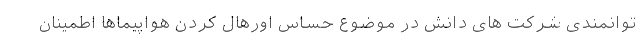
توانمندی شرکت های دانش در موَضوع حساس اورهال کردن هواپیماها اطمینان